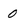
Character: 0